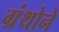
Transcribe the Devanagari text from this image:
ग्रंथोने